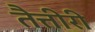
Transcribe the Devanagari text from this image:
तैत्तीरी